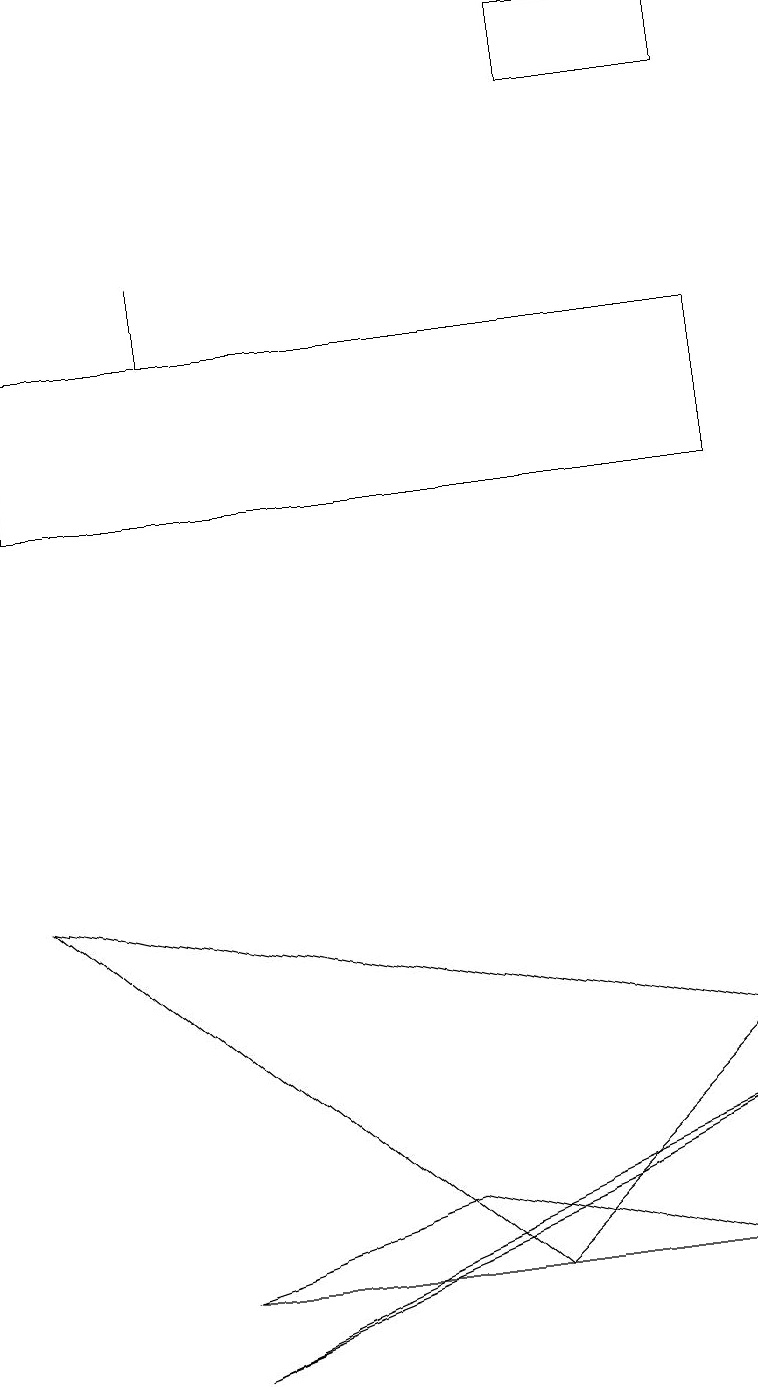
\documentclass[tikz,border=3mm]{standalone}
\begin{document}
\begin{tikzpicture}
\draw (9,6) -- (6,3) -- (0,8) -- cycle;
\draw (2,3) -- (9,3) -- (5,4) -- cycle;
\draw (2,15) rectangle (2,16);
\draw (7,4) -- (2,2) -- (9,5) -- cycle;
\draw (9,19) rectangle (7,18);
\draw (9,15) rectangle (0,13);
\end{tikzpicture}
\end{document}